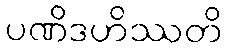
ပဏိဒဟိဿတိ